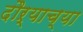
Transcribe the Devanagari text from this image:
दौऱ्याच्या